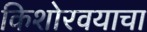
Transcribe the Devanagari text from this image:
किशोरवयाचा